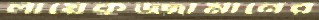
লায়েকুজ্জামানের